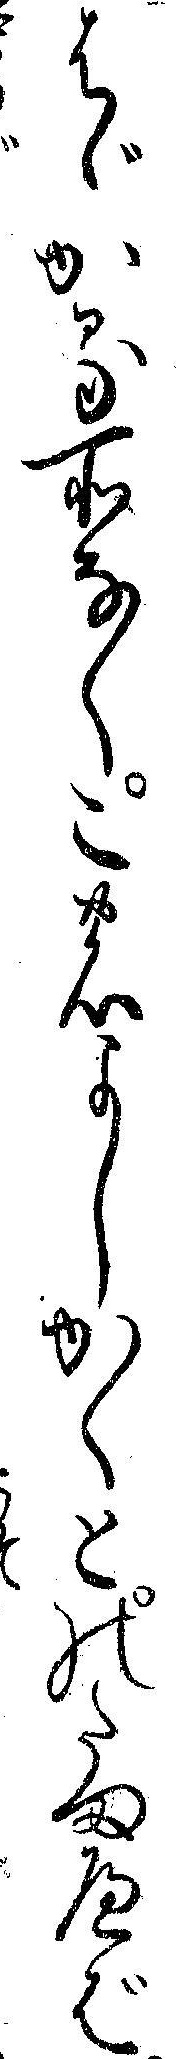
はゞかる所なくこのよしかくとのたまへば